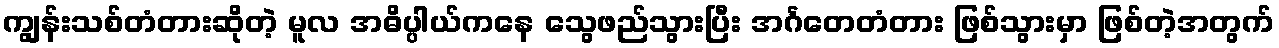
ကျွန်းသစ်တံတားဆိုတဲ့ မူလ အဓိပ္ပါယ်ကနေ သွေဖည်သွားပြီး အင်္ဂတေတံတား ဖြစ်သွားမှာ ဖြစ်တဲ့အတွက်